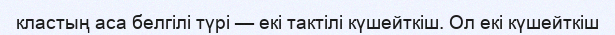
кластың аса белгілі түрі — екі тактілі күшейткіш. Ол екі күшейткіш